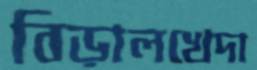
বিড়ালখেদা